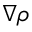
\nabla \rho